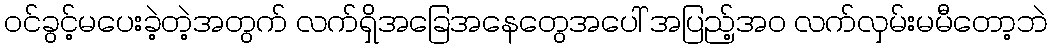
ဝင်ခွင့်မပေးခဲ့တဲ့အတွက် လက်ရှိအခြေအနေတွေအပေါ် အပြည့်အဝ လက်လှမ်းမမီတော့ဘဲ